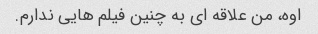
اوه، من علاقه ای به چنین فیلم هایی ندارم.